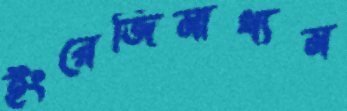
ইংরেজিমাধ্যম